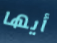
أيها